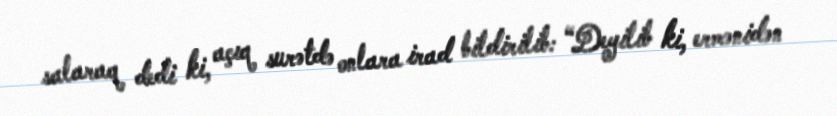
salaraq dedi ki, açıq surətdə onlara irad bildirilib: “Deyilib ki, ermənidən